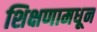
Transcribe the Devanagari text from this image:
शिक्षणामधून